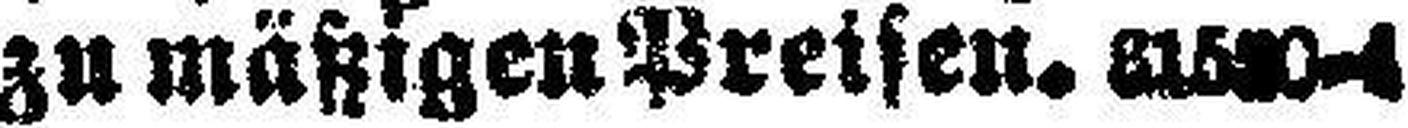
zu mätzigen Preisen. 815###—4